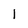
Character: l